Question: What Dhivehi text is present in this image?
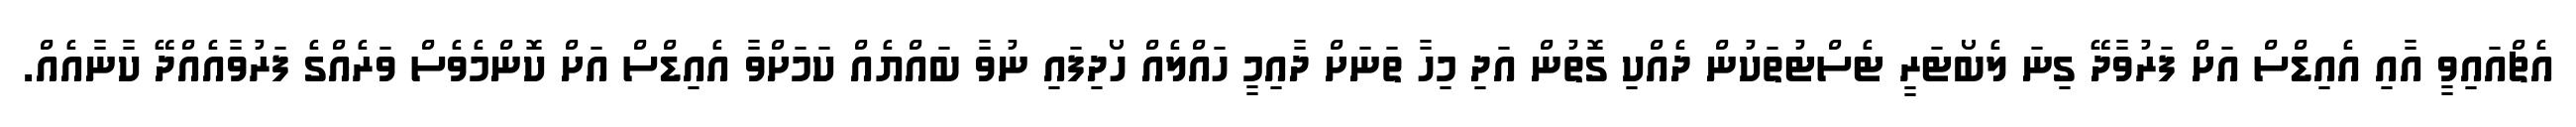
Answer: އެޗްއައިވީ އާއި އެއިޑްސް އަށް ފަރުވާދޭ ގިނަ ލެބޯޓަރީ ޓެސްޓުތަކުން ދެއްކި ގޮތުން އަދި މިހާ ތަނަށް ދާއިމީ ހައްލެއް ހޯދިފައި ނުވާ ބައްޔެއް ކަމަށްވާ އެއިޑްސް އަށް ކޮންމެވެސް ވަރެއްގެ ފަރުވާއެއްދޭ ކާނާއެއް.